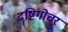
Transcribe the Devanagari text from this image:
दॄष्टिगोचर